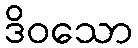
ဒိဝသော